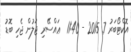
އޮކްޓޯބަރު 7